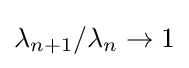
\lambda _{n+1}/\lambda _{n}\to 1